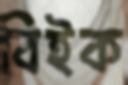
বিইক